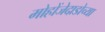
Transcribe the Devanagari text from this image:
मोहोंजेदाडोच्या